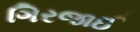
ગિરજાઈ